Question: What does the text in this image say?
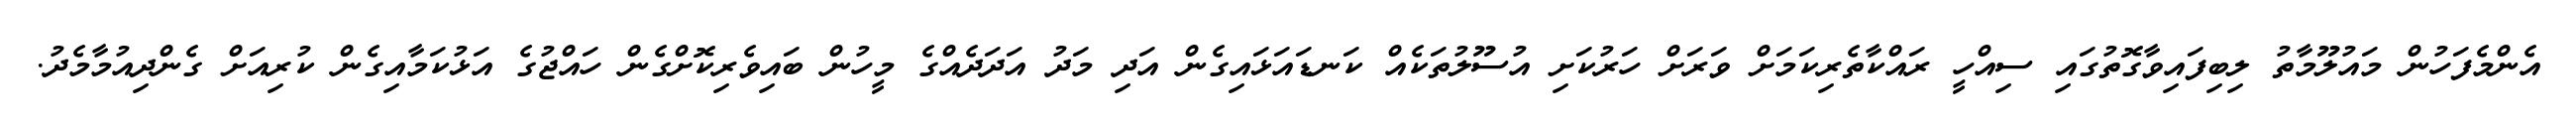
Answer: އެންމެފަހުން މައުލޫމާތު ލިބިފައިވާގޮތުގައި ސިއްހީ ރައްކާތެރިކަމަށް ވަރަށް ހަރުކަށި އުސޫލުތަކެއް ކަނޑައަޅައިގެން އަދި މަދު އަދަދެއްގެ މީހުން ބައިވެރިކޮށްގެން ހައްޖުގެ އަޅުކަމާއިގެން ކުރިއަށް ގެންދިއުމާމެދު.